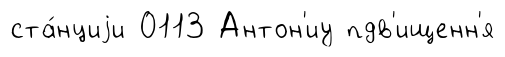
ста́нциjи 0113 Антон'иу пдв'ищенн'я